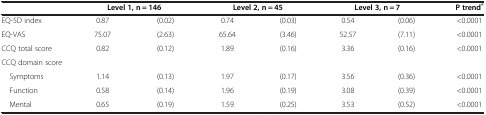
<table><thead><tr><td><b> </b></td><td colspan="2"><b>Level 1, n = 146</b></td><td colspan="2"><b>Level 2, n = 45</b></td><td colspan="2"><b>Level 3, n = 7</b></td><td><b>P trend<sup>*</sup></b></td></tr></thead><tbody><tr><td>EQ-5D index</td><td>0.87</td><td>(0.02)</td><td>0.74</td><td>(0.03)</td><td>0.54</td><td>(0.06)</td><td>&lt;0.0001</td></tr><tr><td>EQ-VAS</td><td>75.07</td><td>(2.63)</td><td>65.64</td><td>(3.46)</td><td>52.57</td><td>(7.11)</td><td>&lt;0.0001</td></tr><tr><td>CCQ total score</td><td>0.82</td><td>(0.12)</td><td>1.89</td><td>(0.16)</td><td>3.36</td><td>(0.16)</td><td>&lt;0.0001</td></tr><tr><td colspan="2">CCQ domain score</td><td> </td><td> </td><td> </td><td> </td><td> </td><td> </td></tr><tr><td> Symptoms</td><td>1.14</td><td>(0.13)</td><td>1.97</td><td>(0.17)</td><td>3.56</td><td>(0.36)</td><td>&lt;0.0001</td></tr><tr><td> Function</td><td>0.58</td><td>(0.14)</td><td>1.96</td><td>(0.19)</td><td>3.08</td><td>(0.39)</td><td>&lt;0.0001</td></tr><tr><td> Mental</td><td>0.65</td><td>(0.19)</td><td>1.59</td><td>(0.25)</td><td>3.53</td><td>(0.52)</td><td>&lt;0.0001</td></tr></tbody></table>